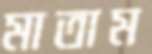
মাতাম